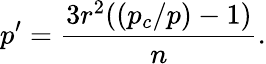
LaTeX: p^{\prime}=\frac{3r^{2}((p_{c}/p)-1)}{n}.